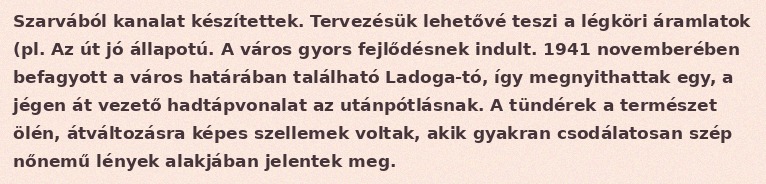
Szarvából kanalat készítettek. Tervezésük lehetővé teszi a légköri áramlatok (pl. Az út jó állapotú. A város gyors fejlődésnek indult. 1941 novemberében befagyott a város határában található Ladoga-tó, így megnyithattak egy, a jégen át vezető hadtápvonalat az utánpótlásnak. A tündérek a természet ölén, átváltozásra képes szellemek voltak, akik gyakran csodálatosan szép nőnemű lények alakjában jelentek meg.